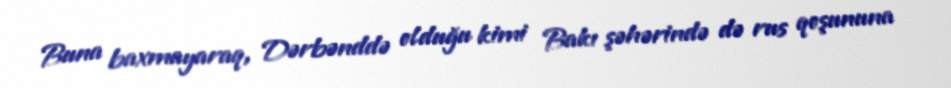
Buna baxmayaraq, Dərbənddə olduğu kimi Bakı şəhərində də rus qoşununa